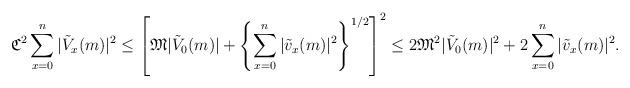
LaTeX: \begin{align*} & {\frak C}^2 \sum_{x=0}^n |\tilde V_x(m)|^2\le \left[ {\frak M} |\tilde V_0(m)| + \left\{ \sum_{x=0}^n |\tilde v_{x}(m)|^2\right\}^{1/2} \right]^2 \le 2 {\frak M}^2 |\tilde V_0(m)|^2 + 2 \sum_{x=0}^n |\tilde v_{x}(m)|^2.\end{align*}